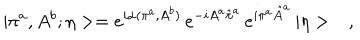
| \pi ^ { a } , A ^ { b } ; \eta > = e ^ { i \alpha ( \pi ^ { a } , A ^ { b } ) } \, e ^ { - i A ^ { a } \hat { \pi } ^ { a } } \, e ^ { i \pi ^ { a } \hat { A } ^ { a } } \, | \eta > \ \ \ ,